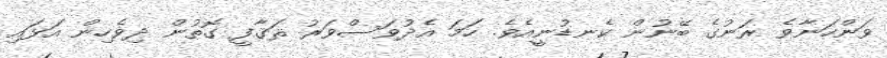
ވަންހަނާވެ ރަނުގެ ބޭނުން ކެނޑުނީއެވެ. ހަމަ އެދުވަސްވަރު ޘަޤާފީ ގޮތުން ދިވެހިން އަޅައި